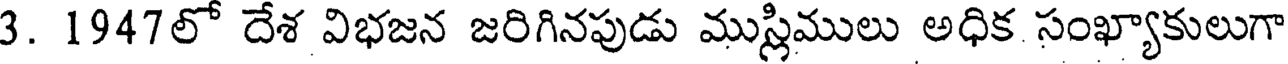
3. 1947లో దేశ విభజన జరిగినపుడు ముస్లిములు అధిక సంఖ్యాకులుగా